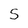
Character: S